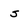
Character: s